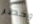
وخطر